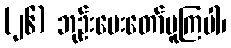
(၂၆) ဘုဉ်းပေးတော်မူကြပါ၊